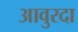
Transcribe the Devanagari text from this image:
आवुरदा